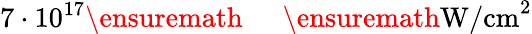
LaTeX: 7\cdot 10^{17}\ensuremath{\mathrm{~\textrm~{~\, ~}~}}\ensuremath{\mathrm{W/cm}}^{2}